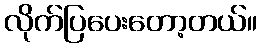
လိုက်ပြပေးတော့တယ်။